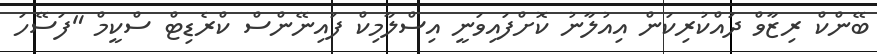
ބޭންކް ރިޒާވް ދައްކުރިކަން އިއުލާނު ކޮށްފައިވަނީ އިސްލާމިކް ފައިނޭންސް ކްރެޑިޓް ސްކީމް "ފަސޭހަ